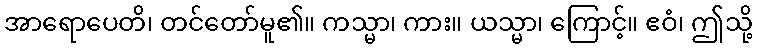
အာရောပေတိ၊ တင်တော်မူ၏။ ကသ္မာ၊ ကား။ ယသ္မာ၊ ကြောင့်။ ဧဝံ၊ ဤသို့